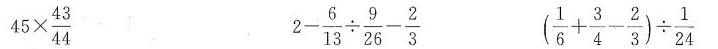
$$ 4 5 \times \frac { 4 3 } { 4 4 }$$ $$2 - \frac { 6 } { 1 3 } \div \frac{ 9 }{26}- \frac { 2 } { 3 }$$ $$( \frac { 1 } { 6 } + \frac{ 3 } { 4 } - \frac { 2 } { 3 } ) \div \frac { 1 } { 2 4 }$$